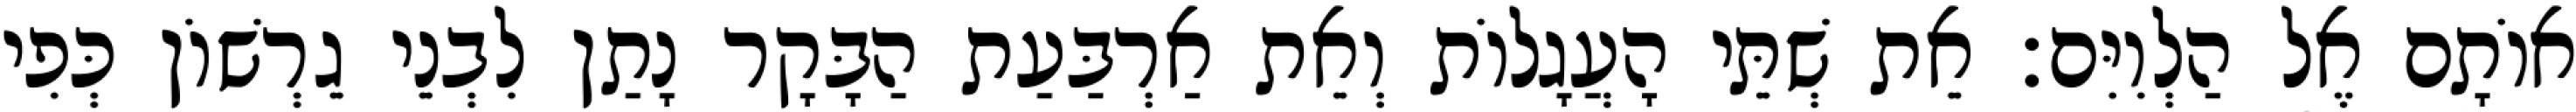
אוֹתָם אֶל הַלְוִיִּם׃ אֵת שְׁתֵּי הָעֲגָלוֹת וְאֵת אַרְבַּעַת הַבָּקָר נָתַן לִבְנֵי גֵרְשׁוֹן כְּפִי